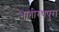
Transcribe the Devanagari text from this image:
भागीरथपुरा